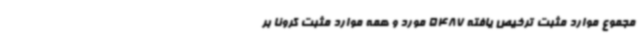
مجموع موارد مثبت ترخیص ‌یافته 5487 مورد و همه موارد مثبت کرونا بر